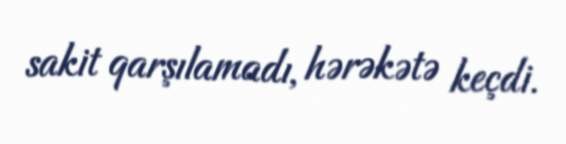
sakit qarşılamadı, hərəkətə keçdi.